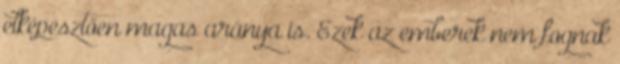
elképesztően magas aránya is. Ezek az emberek nem fognak